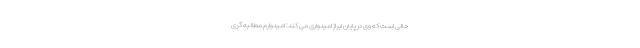
حالی است که وی در پایان ابراز امیدواری می کند: امیدوارم مطالبه گری